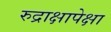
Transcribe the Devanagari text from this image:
रुद्राक्षापेक्षा